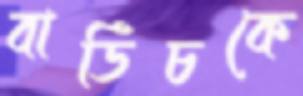
বার্ডিচকে